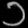
Digit: ၁